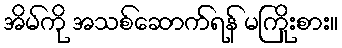
အိမ်ကို အသစ်ဆောက်ရန် မကြိုးစား။